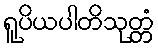
ရူပိယပါတိသုတ္တံ